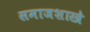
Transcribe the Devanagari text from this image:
समाजशास्त्रे